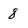
Character: 8